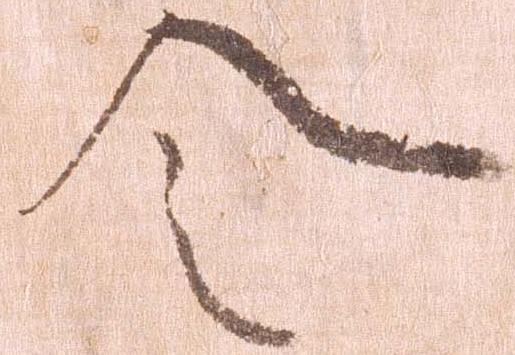
令